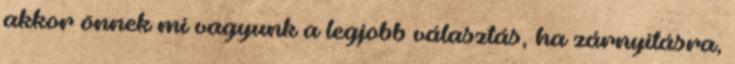
akkor önnek mi vagyunk a legjobb választás, ha zárnyitásra,